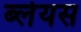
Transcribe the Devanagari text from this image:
ब्लेयस